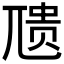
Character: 𪨇